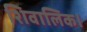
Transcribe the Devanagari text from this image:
शिवालिक।